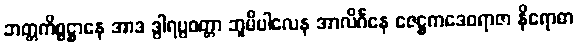
ဘတ္တကိစ္စဋ္ဌာနေ အာဒ ဒွါရပ္ပဝတ္တာ ဘူမိပါလေန အာလိင်္ဂနေ ဇေဋ္ဌကဒေဝရာဇာ နိရောဓာ